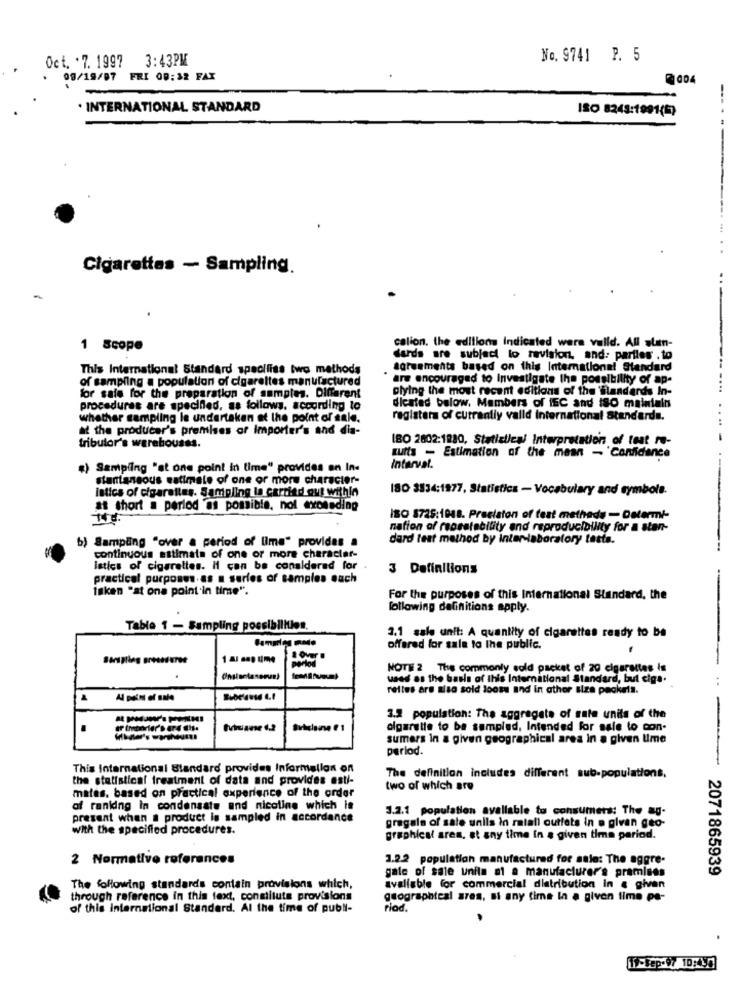
7 3:43PM
No. 9741 P. 5
Oct. . 7. 1997
08/19/07 FRI 00:32 FAX
. INTERNATIONAL STANDARD
ISO 8243:1991(57
------
Cigarettes - Sampling.
..
1 scope
calion. the editions Indicated were valld. All sten-
dards are subject lo revision, and: parties .to
This International Standard specifies two methods
agreements based on this International Standard
of sampling a population of cigarettes manufactured
are encouraged to Investigate the possibility of ap-
for sale for the preparation of samples. Different
plying the most recent editions of the 'flandards In-
procedures are specified, as follows, according to
dicated below. Members of IEC and ISO maintain
whether sampling le undertaken at the point of sale.
registers of currently valld International Standards.
at the producer's premises or importer's and dia-
IBO 2802:1280, Statistical Interpretation of fest ro-
tributor's werebousss.
cutts - Estimation of the mean - Confidence
Sampling "at one point in time" provides an In-
Interval.
stantaneous estimate of one or more character-
istics of cigarettes. Sampling la carried out within
ISO 3834:1877, Statistics - Vocabulary and symbole.
at short a period as possible, not exomeding
ISO 8725:1048. Precision of feat methods - Determi-
nation of reosstability and reproducibility for a stan-
b) Sampling "over a period of lime" provides a
dard test method by inter-laboratory tests.
continuous estimate of one or more character-
laties of cigarettes. Il can be considered for
3 Definitions
practical purposes.as a series of samples each
løken "at one point in time".
For the purposes of this International Standard, the
following definitions apply.
Table 1 - Sampling possibilities.
2.1 sale unit: A quantity of cigarettes ready to be
offered for sale to the public.
NOTE 2 The commonly sold packet of 20 cigarettes is
used as the basis of this International Standard, but ciga.
rettes are also sold looss and in athor size packets.
3.2 population: The aggregate of sate units of the
olgarette to be sampled, Intended for sale to con-
sumers in a given geographical area in a given Ume
period.
--
This International Standard provides Information on
the statistical treatment of data and provides esti-
The definition includes different sub-populations.
mates, based on practical experience of the order
two of which are
of ranidng in condensate and nicoline which is
3.2.1 population avaliable to consumers: The ag-
present when a product le sampled in accordance
With the specified procedures.
gregals of sale unils in ratall cutfets in a given geo-
graphical area, at any time in a given time period.
2 Normative references
3.2.2 population manufactured for sale: The aggre-
gate of sale unila at a manufacturer's pramisss
2071865939
The following standards contain provisions which,
avaliable for commercial distribution in & given
through reference in this text, congilluts provisions
geographieal a708. si any time in a given time pe-
of this International Standard. Al the time of publi-
riod.
1.Sep.97 10:151